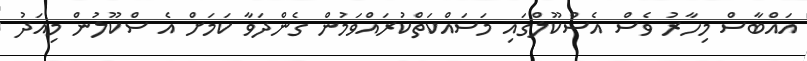
އައްބާސް މިހާރު ވެސް އެސްކޫލްގައި މަސައްކަތްކުރައްވަމުން ގެންދަވާ ކަމަށް އެ ސްކޫލުން މިއަދު